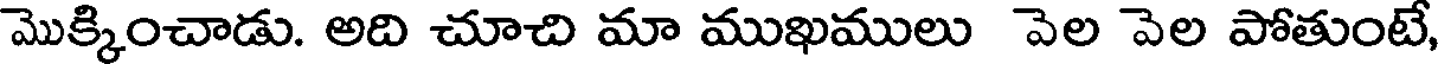
మొక్కించాడు. అది చూచి మా ముఖములు వెల వెల పోతుంటే,